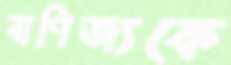
বাণিজ্যকে